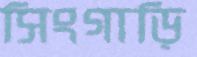
সিংগাড়ি